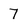
Character: 7